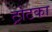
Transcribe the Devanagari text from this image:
ट्रोटका